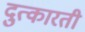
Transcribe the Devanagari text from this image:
दुत्कारती